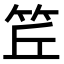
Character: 𥬨